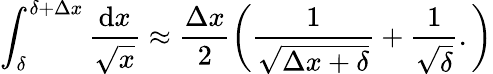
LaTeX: \int_{\delta}^{\delta+\Delta x}\frac{\mathrm{d}x}{\sqrt{x}}\approx\frac{\Delta x}{2}\left(\frac{1}{\sqrt{\Delta x+\delta}}+\frac{1}{\sqrt{\delta}}.\right)